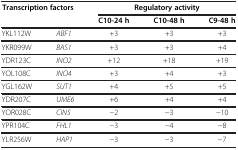
<table><thead><tr><td rowspan="2" colspan="2"><b>Transcription factors</b></td><td colspan="3"><b>Regulatory activity</b></td></tr><tr><td><b>C10-24 h</b></td><td><b>C10-48 h</b></td><td><b>C9-48 h</b></td></tr></thead><tbody><tr><td>YKL112W</td><td><i>ABF1</i></td><td>+3</td><td>+3</td><td>+3</td></tr><tr><td>YKR099W</td><td><i>BAS1</i></td><td>+3</td><td>+3</td><td>+4</td></tr><tr><td>YDR123C</td><td><i>INO2</i></td><td>+12</td><td>+18</td><td>+19</td></tr><tr><td>YOL108C</td><td><i>INO4</i></td><td>+3</td><td>+4</td><td>+3</td></tr><tr><td>YGL162W</td><td><i>SUT1</i></td><td>+4</td><td>+5</td><td>+5</td></tr><tr><td>YDR207C</td><td><i>UME6</i></td><td>+6</td><td>+4</td><td>+4</td></tr><tr><td>YOR028C</td><td><i>CIN5</i></td><td>−2</td><td>−3</td><td>−10</td></tr><tr><td>YPR104C</td><td><i>FHL1</i></td><td>−3</td><td>−4</td><td>−8</td></tr><tr><td>YLR256W</td><td><i>HAP1</i></td><td>−3</td><td>−3</td><td>−7</td></tr></tbody></table>